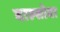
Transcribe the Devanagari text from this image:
बाल्सोवा